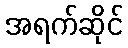
အရက်ဆိုင်